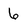
Character: 6